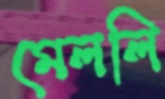
মেললি